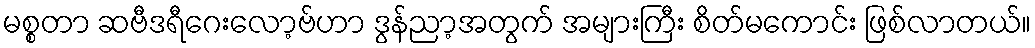
မစ္စတာ ဆဗီဒရီဂေးလော့ဗ်ဟာ ဒွန်ညာ့အတွက် အများကြီး စိတ်မကောင်း ဖြစ်လာတယ်။